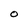
Character: O